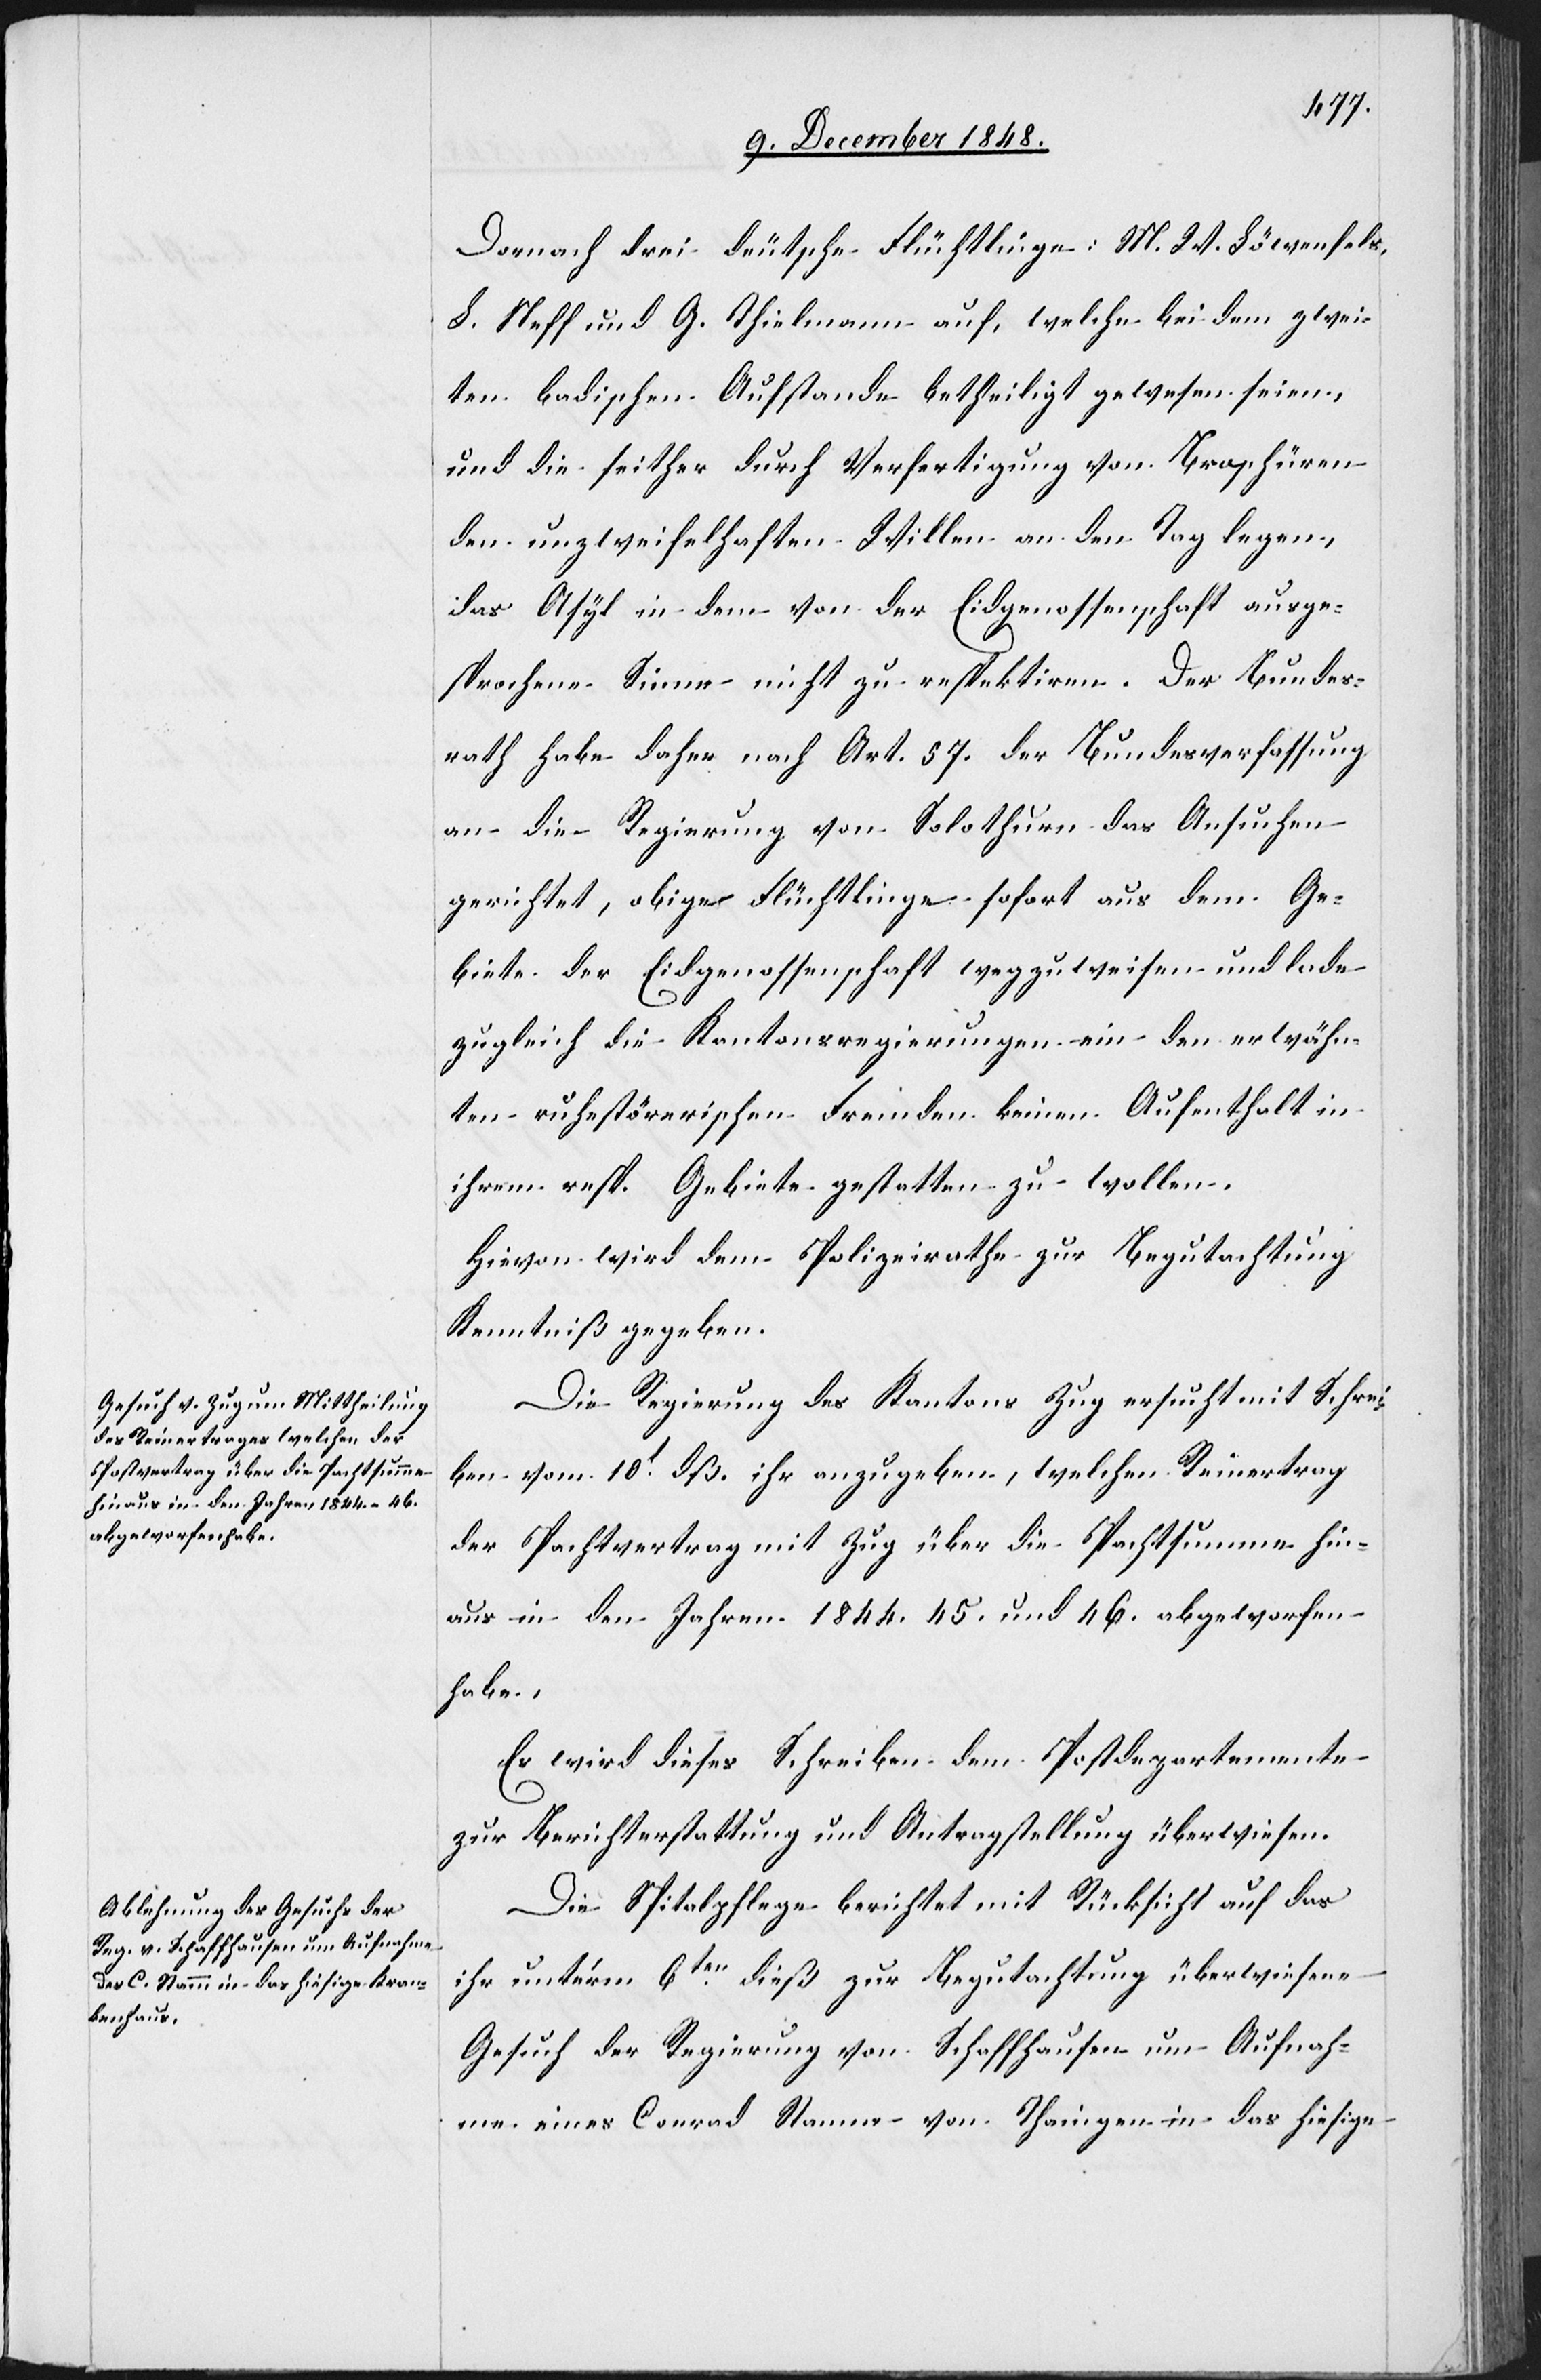
11t December 1848.]
Dornach drei deutsche Flüchtlinge: M. W. Löwenfels,
L. Neff und G. Thielmann auf, welche bei dem zwei¬
ten badischen Aufstande betheiligt gewesen seien,
und die seither durch Verfertigung von Broschüren
den unzweifelhaften Willen an den Tag legen,
das Asyl in dem von der Eidgenossenschaft ausge¬
sprochene[n] Sinne nicht zu respektiren. Der Bundes¬
rath habe daher nach Art. 57. der Bundesverfassung
an die Regierung von Solothurn das Ansuchen
gerichtet, obige Flüchtlinge sofort aus dem Ge¬
biete der Eidgenossenschaft wegzuweisen und lade
zugleich die Kantonsregierungen ein den erwähn¬
ten ruhestörerischen Fremden keinen Aufenthalt in
ihren resp. Gebiete gestatten zu wollen.
Hievon wird dem Polizeirathe zur Begutachtung
Kenntniß gegeben.
Die Regierung des Kantons Zug ersucht mit Schrei¬
ben vom 10t dß. ihr anzugeben, welchen Reinertrag
der Pachtvertrag mit Zug über die Pachtsumme hin¬
aus in den Jahren 1844. 45. und 46. abgeworfen
habe.
Es wird dieses Schreiben dem Postdepartemente
zur Berichterstattung und Antragstellung überwiesen.
Die Spitalpflege berichtet mit Rücksicht auf das
den
ihr unter’m 6ten dieß zur Begutachtung überwiesene
Gesuch der Regierung von Schaffhausen um Aufnah¬
me eines Conrad Stamm von Thaingen in das hiesige